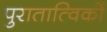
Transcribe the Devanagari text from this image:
पुरातात्विकों